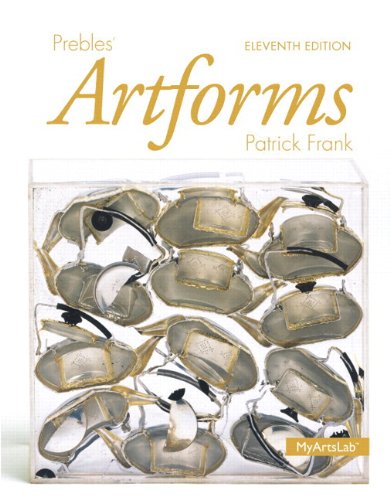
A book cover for Prebles' Artforms Books a la Carte Edition, Prebles' Artforms (11th Edition); Patrick L. Frank; Arts & Photography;